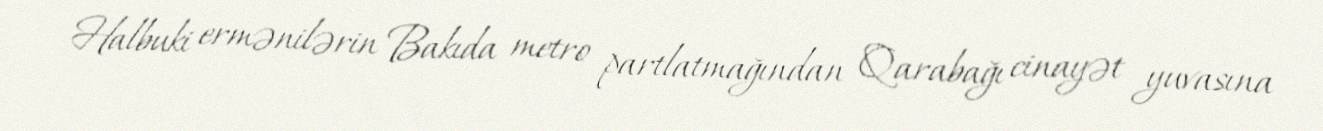
Halbuki ermənilərin Bakıda metro partlatmağından Qarabağı cinayət yuvasına